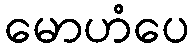
မောဟံပေ